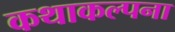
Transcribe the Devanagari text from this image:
कथाकल्पना